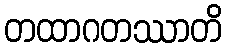
တထာဂတဿာတိ